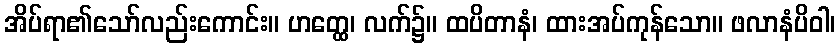
အိပ်ရာ၏သော်လည်းကောင်း။ ဟတ္ထေ၊ လက်၌။ ထပိတာနံ၊ ထားအပ်ကုန်သော။ ဖလာနံပိဝါ၊